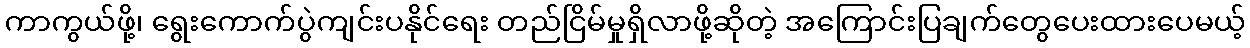
ကာကွယ်ဖို့၊ ရွေးကောက်ပွဲကျင်းပနိုင်ရေး တည်ငြိမ်မှုရှိလာဖို့ဆိုတဲ့ အကြောင်းပြချက်တွေပေးထားပေမယ့်